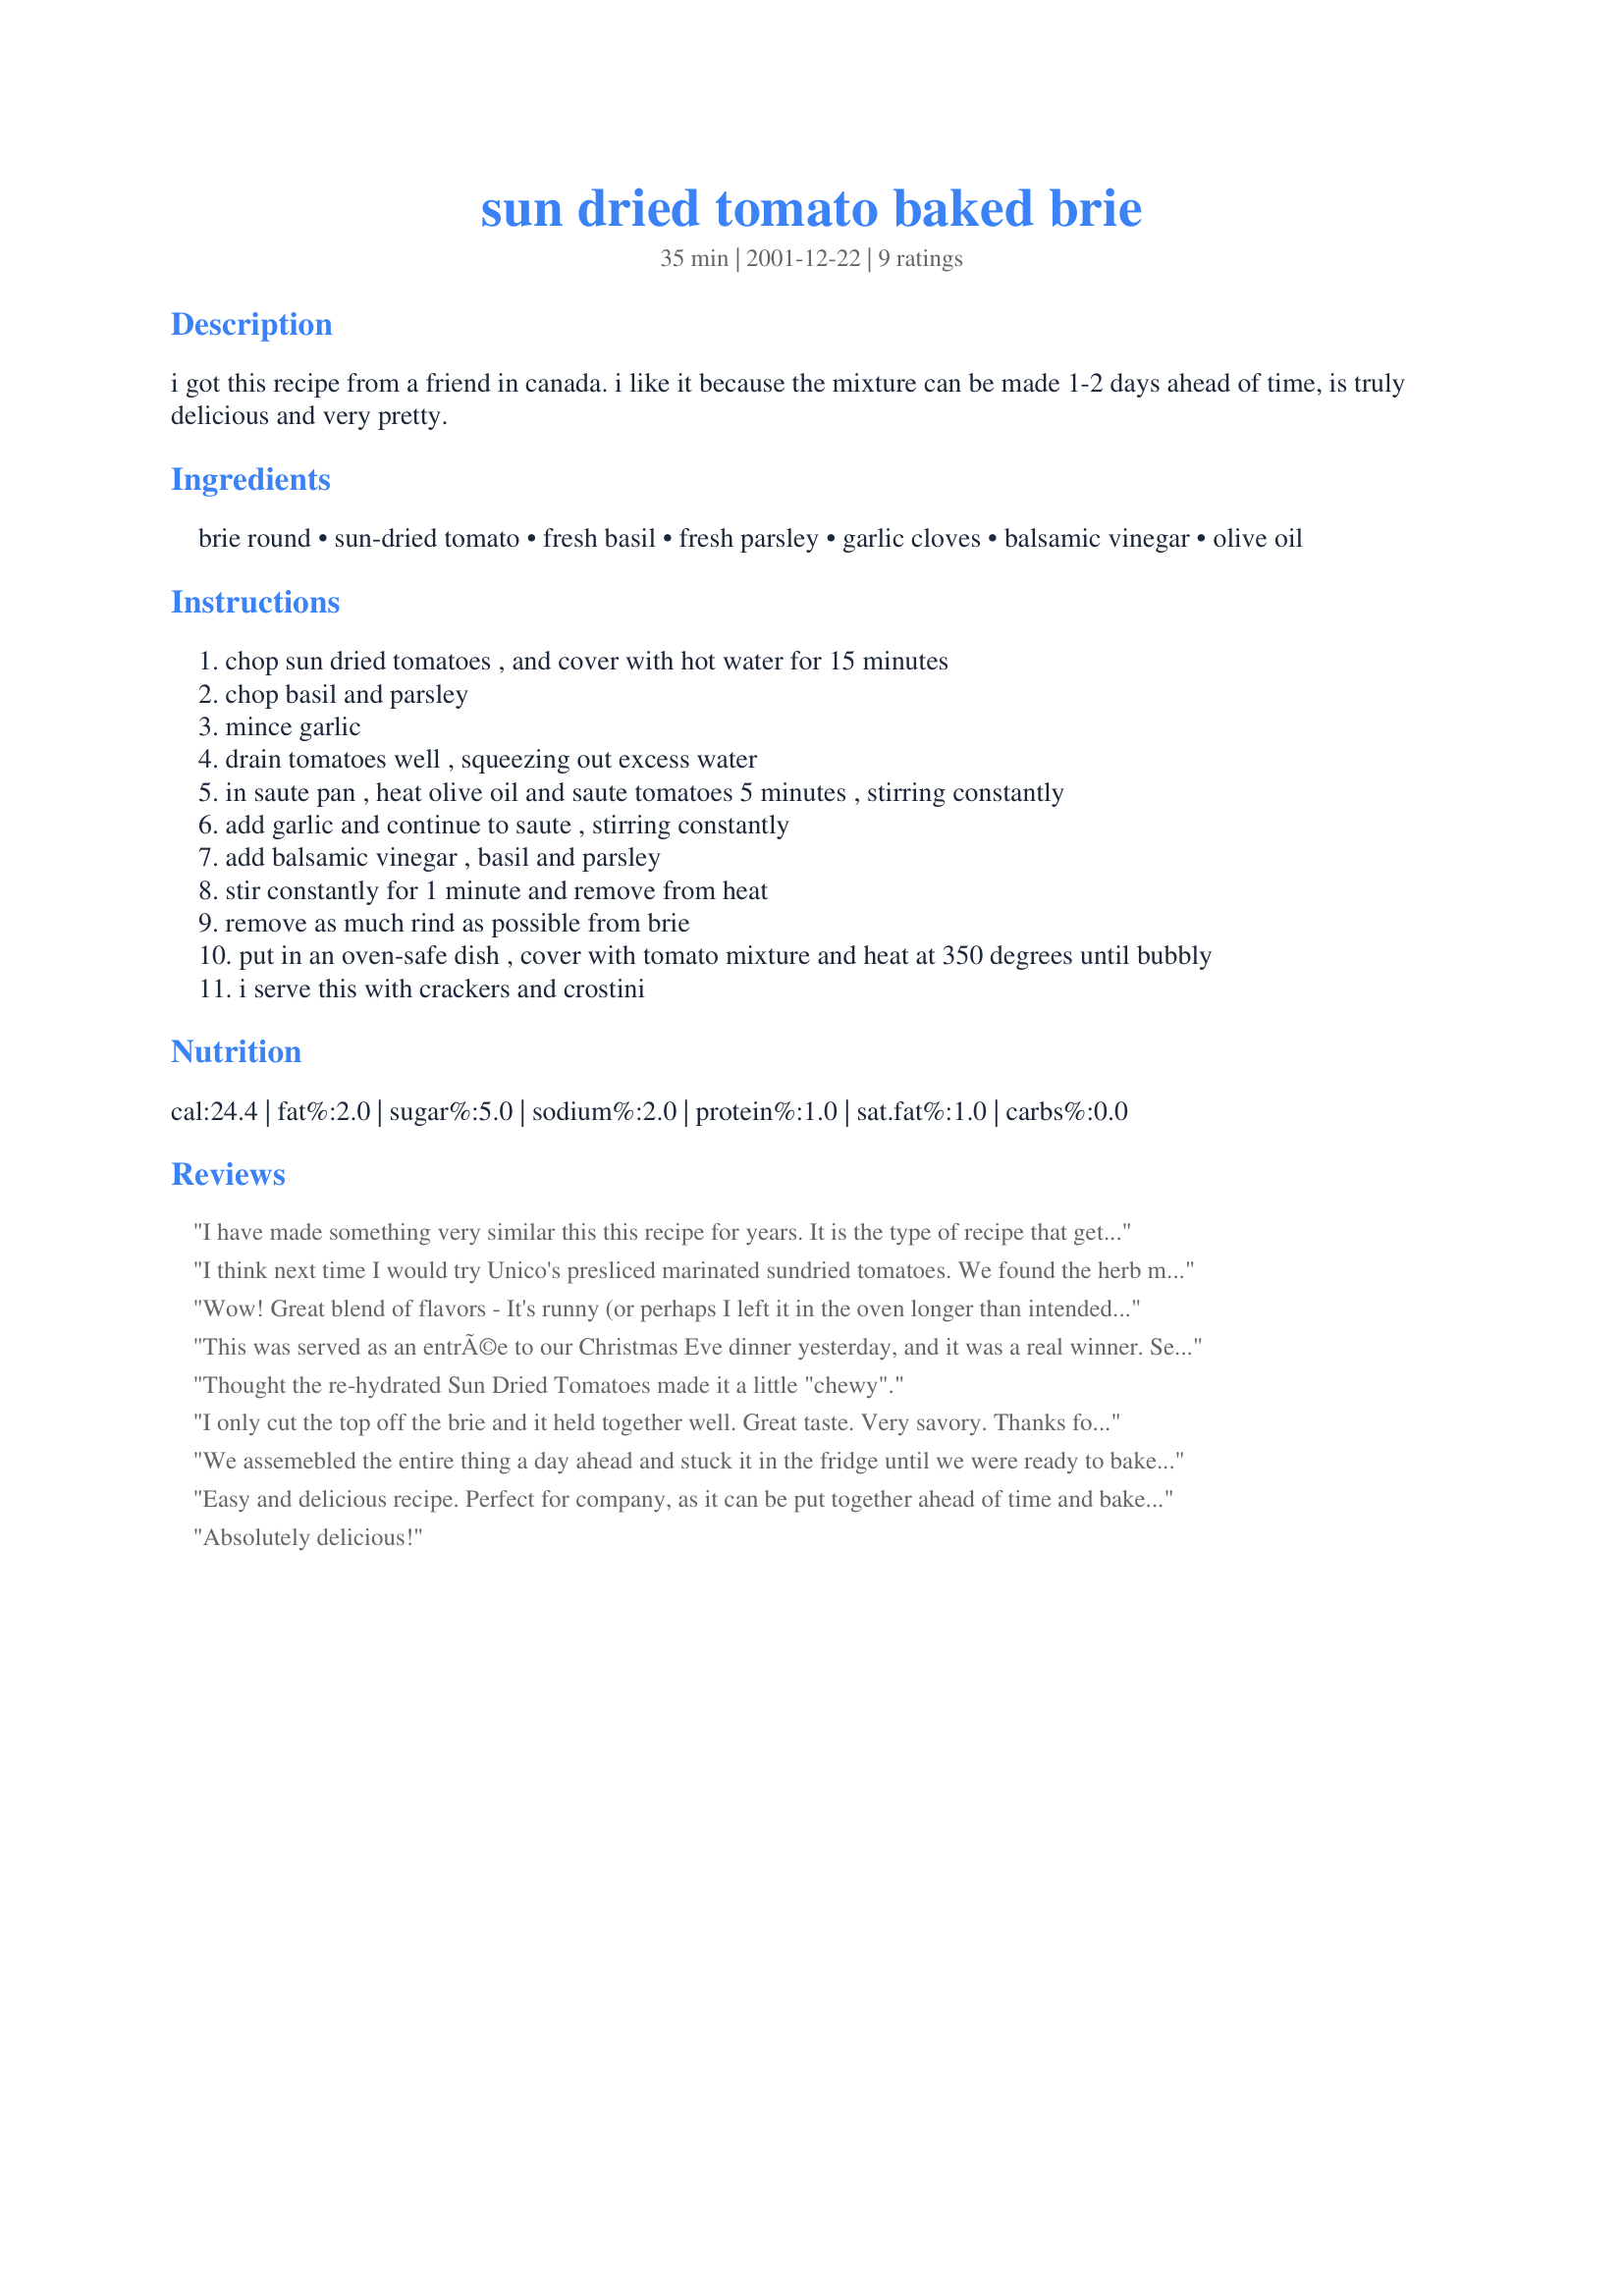
sun dried tomato baked brie
Preparation time: 35 minutes

i got this recipe from a friend in canada. i like it because the mixture can be made 1-2 days ahead of time, is truly delicious and very pretty.

Ingredients:
brie round, sun-dried tomato, fresh basil, fresh parsley, garlic cloves, balsamic vinegar, olive oil

Steps:
chop sun dried tomatoes , and cover with hot water for 15 minutes
chop basil and parsley
mince garlic
drain tomatoes well , squeezing out excess water
in saute pan , heat olive oil and saute tomatoes 5 minutes , stirring constantly
add garlic and continue to saute , stirring constantly
add balsamic vinegar , basil and parsley
stir constantly for 1 minute and remove from heat
remove as much rind as possible from brie
put in an oven-safe dish , cover with tomato mixture and heat at 350 degrees until bubbly
i serve this with crackers and crostini

Reviews:
I have made something very similar this this recipe for years. It is the type of recipe that gets huge raves! It is easy to prepare ahead of time and have it ready for guests. I put mine in my toaster oven, so that I don't have to get the big oven started up. I use dried tomatoes that I soften up with hot water and use enough olive oil to bind it together. It also can be done on the bbq. I would highly recommend this recipe.
I think next time I would try Unico's presliced marinated sundried tomatoes. We found the herb mixture was a bit unbalanced with the vinegar and olive oil. I actually added more balsamic to give it more moisture. Thank you for posting the recipe, it was alot of fun to try.
Wow! Great blend of flavors - It's runny (or perhaps I left it in the oven longer than intended but it was wonderful this way) so serve with napkins, spoons or bibs. Wonderful appetizer. I served it with crusty baguette slices. Baked it in an attractive oven proof dish and that came from the oven to the table. I used a small brie round (recipe doesn't specify) and cut the recipe in half. Perfect for 3- 4 people
This was served as an entrÃ©e to our Christmas Eve dinner yesterday, and it was a real winner. Served with a baguette, it makes a great treat that everyone enjoys.
Thought the re-hydrated Sun Dried Tomatoes made it a little "chewy".
I only cut the top off the brie and it held together well. Great taste. Very savory. Thanks for a great recipe!
We assemebled the entire thing a day ahead and stuck it in the fridge until we were ready to bake. Served as an appetizer for Thanksgiving dinner. The savory ingredients were a nice balance to the brie. Everyone really enjoyed it. I do agree that the balsamic flavor wasn't quite as strong as I would have liked, being a huge fan of vinegar. So I might add more next time. But would definitely make again. It is more labor intensive than most of our other baked brie dishes, but it's worth the time for a special occassion.
Easy and delicious recipe. Perfect for company, as it can be put together ahead of time and baked when they walk in the door. I did not have fresh basil and substituted dried with no problem. I used a pizza cutter to cut up tomatoes, and fresh parsey. A real winner!
Absolutely delicious!
